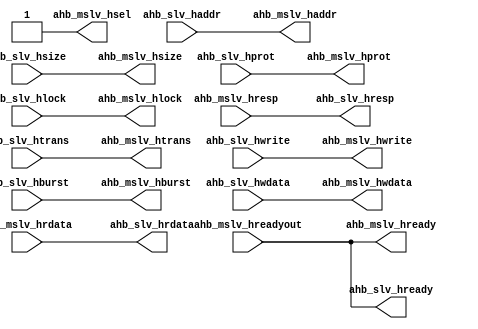
//----------------------------------------------------------------------------
// Description : simple feed-through to help connecting master to slave directly
//----------------------------------------------------------------------------

module ahb_mrmst2mrslv (
	//AHB Mirrored Master (input)
	input	[31:0]	ahb_slv_haddr		,
	input	[ 1:0]	ahb_slv_htrans		,
	input			ahb_slv_hwrite		,
	input	[ 2:0]	ahb_slv_hsize		,
	input	[ 2:0]	ahb_slv_hburst		,
	input	[ 3:0]	ahb_slv_hprot		,
	input	[31:0]	ahb_slv_hwdata		,
	input			ahb_slv_hlock		,
	output	[31:0]	ahb_slv_hrdata		,
	output			ahb_slv_hready		,
	output	[ 1:0]	ahb_slv_hresp		,

	//AHB Mirrored Slave (output)
	output	[31:0]	ahb_mslv_haddr		,
	output	[ 1:0]	ahb_mslv_htrans		,
	output			ahb_mslv_hwrite		,
	output	[ 2:0]	ahb_mslv_hsize		,
	output	[ 2:0]	ahb_mslv_hburst		,
	output	[ 3:0]	ahb_mslv_hprot		,
	output	[31:0]	ahb_mslv_hwdata		,
	output			ahb_mslv_hlock		,
	output			ahb_mslv_hsel		,
	output			ahb_mslv_hready		,
	input	[31:0] 	ahb_mslv_hrdata		,
	input			ahb_mslv_hreadyout	,
	input	[ 1:0]	ahb_mslv_hresp		
);

	assign	ahb_mslv_haddr		=	ahb_slv_haddr		;
	assign	ahb_mslv_htrans		=	ahb_slv_htrans		;
	assign	ahb_mslv_hwrite		=	ahb_slv_hwrite		;
	assign	ahb_mslv_hsize		=	ahb_slv_hsize		;
	assign	ahb_mslv_hburst		=	ahb_slv_hburst		;
	assign	ahb_mslv_hprot		=	ahb_slv_hprot		;
	assign	ahb_mslv_hwdata		=	ahb_slv_hwdata		;
	assign	ahb_mslv_hlock		=	ahb_slv_hlock		;
	assign	ahb_mslv_hsel		=	1'b1				;
	assign	ahb_mslv_hready		=	ahb_mslv_hreadyout	;

	assign	ahb_slv_hrdata		=	ahb_mslv_hrdata		;
	assign	ahb_slv_hready		=	ahb_mslv_hreadyout	;
	assign	ahb_slv_hresp		=	ahb_mslv_hresp		;

endmodule